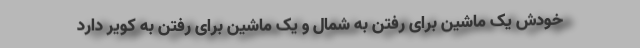
خودش یک ماشین برای رفتن به شمال و یک ماشین برای رفتن به کویر دارد